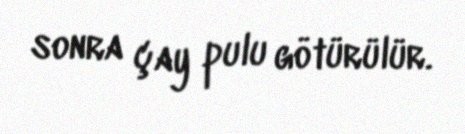
sonra çay pulu götürülür.